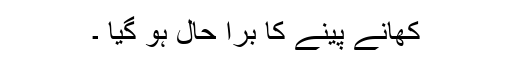
کھانے پینے کا برا حال ہو گیا ۔